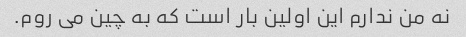
نه من ندارم این اولین بار است که به چین می روم.